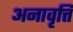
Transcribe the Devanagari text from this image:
अनावृत्ति